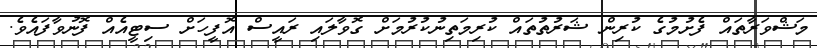
މަޝްވަރާތައް ފެށުމުގެ ކުރިން ޝަރުތުތައް ކުރިމަތިނުކުރުމަށް ގޮވާލައި ރައީސް އޮފީހަށް ސިޓީއެއް ފޮނުވާފައެވެ.